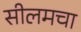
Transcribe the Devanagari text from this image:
सीलमचा